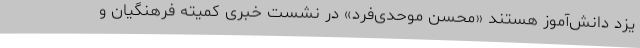
یزد دانش‌آموز هستند «محسن موحدی‌فرد» در نشست خبری کمیته فرهنگیان و